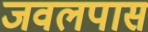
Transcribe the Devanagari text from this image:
जवलपास